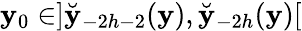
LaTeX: \mathbf{y}_{0}\in]\breve{{\mathbf{y}}}_{-2h-2}(\mathbf{y}),\breve{{\mathbf{y}}}_{-2h}(\mathbf{y})[